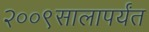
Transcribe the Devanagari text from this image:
२००९सालापर्यंत